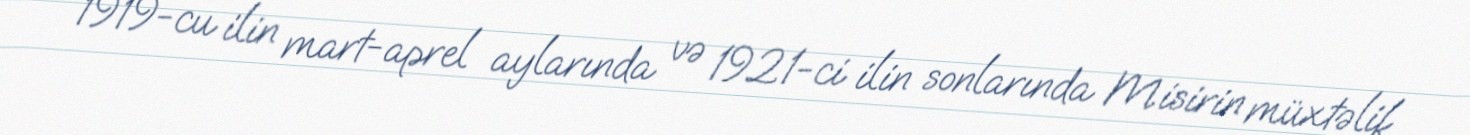
1919-cu ilin mart-aprel aylarında və 1921-ci ilin sonlarında Misirin müxtəlif